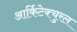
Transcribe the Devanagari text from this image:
आर्किटेक्चुरल